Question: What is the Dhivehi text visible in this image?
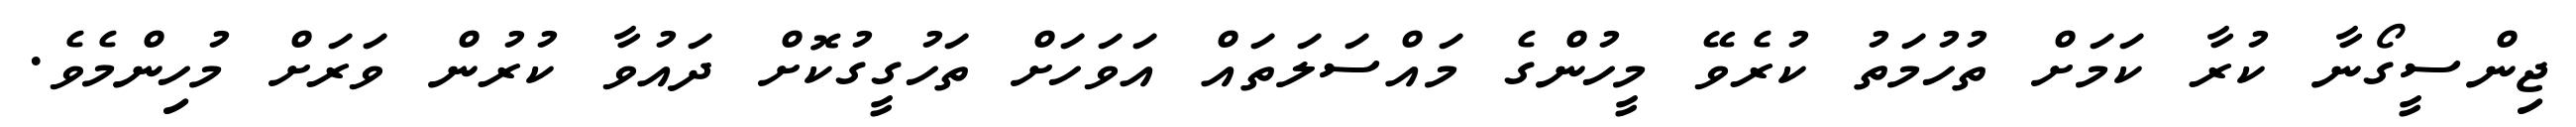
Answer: ޖިންސީގޯނާ ކުރާ ކަމަށް ތުހުމަތު ކުރެވޭ މީހުންގެ މައްސަލަތައް އަވަހަށް ތަހުގީގުކޮށް ދައުވާ ކުރުން ވަރަށް މުހިންމެވެ.